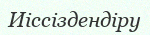
Иіссіздендіру